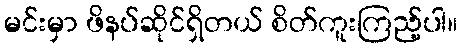
မင်းမှာ ဖိနပ်ဆိုင်ရှိတယ် စိတ်ကူးကြည့်ပါ။